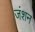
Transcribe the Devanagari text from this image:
जंशन